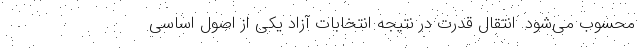
محسوب می‌شود. انتقال قدرت در نتیجه انتخابات آزاد یکی از اصول اساسی